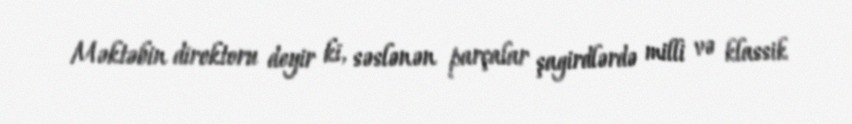
Məktəbin direktoru deyir ki, səslənən parçalar şagirdlərdə milli və klassik